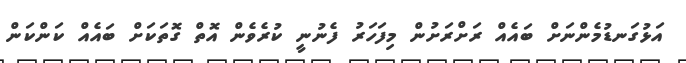
އަޅުގަނޑުމެންނަށް ބައެއް ރަށްރަށުން މިފަހަރު ފެނުނީ ކުރެވެން އޮތް ގޮތަކަށް ބައެއް ކަންކަން